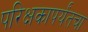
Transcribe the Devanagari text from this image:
परिक्षकापर्यंतचा